Report on the lunatic asylums under the Government of Bombay - 1904-1913
Year: 1904
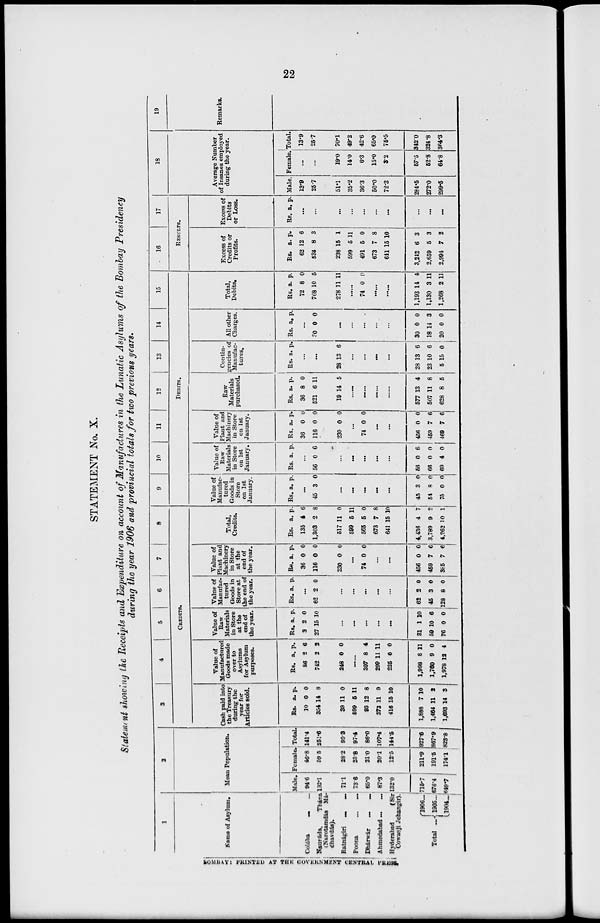
22
STATEMENT No. X.
Statement showing the Receipts and Expenditure on account of Manufactures in the Lunatic Asylums of the Bombay Presidency
during the year 1906 and provincial totals for two previous years.
1
Name of Asylum.
Colába...
...
Naupáda,
Thána
(Narotamdás Má¬
dhavdas).
Ratnágiri
...
...
Poona
... ...
Dhárwár ... ...
Ahmedabad ... ...
Hyderabad
(Sir
Cowasji Jehangir).
Total ...
1906...
1905. . .
1904...
2
Mean Population.
Male.
94.6
192.1
71.1
73.6
65.0
87.3
132.0
715.7
676.4
649.7
Female.
46.8
59.5
28.2
23.8
21.0
20.1
12.5
211.9
191.5
174.1
Total.
141.4
251.6
99.3
97.4
86.0
107.4
144.5
927.6
867.9
823.8
3
4
5
6
7
8
CREDITS.
Cash paid into
the Treasury
during the
year for
Articles sold.
Rs.
10
354
39
599
93
373
416
1,888
1,464
1,693
a.
0
14
11
5
12
11
15
7
11
14
p.
0
8
0
11
8
9
10
10
2
3
Value of
Manufactured
Goods made
over to
Asylums
for Asylum
purposes.
Rs.
86
742
248
a.
2
2
0
p.
6
2
0
......
397
299
225
1,998
1,760
1,978
8
11
0
8
9
12
4
11
0
11
0
4
Value of
Raw
Materials
in Store
at the
end of
the year.
Rs.
3
27
a.
2
15
p.
0
10
...
...
...
...
...
31
59
76
1
10
0
10
6
0
Value of
Manufac-
tured
Goods in
Store at
the end of
the year.
Rs. a.
p.
...
62 2 0
...
...
...
...
...
62
45
128
2
3
8
0
0
0
Value of
Plant and
Machinery
in Store
at the
end of
the year.
Rs.
36
116
230
a.
0
0
0
p.
0
0
0
...
74 0 0
...
...
456
459
385
0
7
7
0
6
6
Total,
Credits.
Rs.
135
1,303
517
599
565
673
641
4,436
3,789
4,262
a.
4
2
11
5
5
7
15
4
9
10
p.
6
8
0
11
0
8
10
7
2
1
9
10
11
12
13
14
15
DEBITS.
Value of
Manufac-
tured
Goods in
Store
on 1st
January.
Rs. a. p.
...
45 3 0
...
...
...
...
...
45
54
75
3
8
0
0
0
0
Value of
Raw
Materials
in Store
on 1st
January.
Rs. a. p.
...
56 0 6
...
...
...
...
...
56
66
69
0
0
4
6
0
0
Value of
Plant and
Machinery
in Store
on 1st
January.
Rs.
36
116
230
a.
0
0
0
p.
0
0
0
...
74 0 0
...
...
456
459
469
0
7
7
0
6
6
Raw
Materials
purchased.
Rs.
36
521
19
a.
8
6
14
p.
0
11
5
...
......
......
...
577
507
628
13
11
8
4
8
5
Contin-
gencies of
Manufac-
tures.
Rs. a. p.
...
...
28 13 6
...
...
...
...
28
23
5
13
10
15
6
6
0
All other
Charges.
Rs. a. p.
...
30 0 0
...
...
...
......
...
30
18
20
0
14
0
0
3
0
Total,
Debits.
Rs.
72
768
278
a.
8
10
11
p.
0
5
11
...
74 0 0
...
...
1,193
1,130
1,268
14
3
2
4
11
11
16
17
RESULTS.
Excess of
Credits or
Profits.
Rs.
62
534
238
599
491
673
641
3,242
2,659
2,994
a.
12
8
15
5
5
7
15
6
5
7
p.
6
3
1
11
0
8
10
3
3
2
Excess of
Debits
or Loss.
Rs. a. p.
...
...
...
...
...
...
...
...
...
...
18
Average Number
of Insanes employed
during the year.
Male.
13.9
25.7
51.1
35.2
36.3
50.0
72.3
284.5
272.0
299.6
Female.
...
...
19.0
14.0
6.3
15.0
3.2
67.5
52.8
64.8
Total.
13.9
25.7
70.1
49.2
42.6
65.0
75.5
342.0
324.8
364.3
19
Remarks.
BOMBAY PRINTED AT THE GOVERNMENT CENTRAL PRESS.